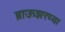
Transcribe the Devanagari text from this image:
ब्राऊझरच्या